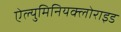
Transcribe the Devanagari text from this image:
ऐल्युमिनियक्लोराइड